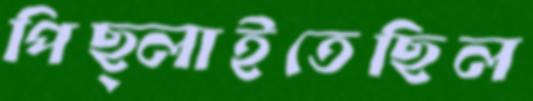
পিছ্‌লাইতেছিল